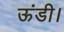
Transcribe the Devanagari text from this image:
ऊंडी।